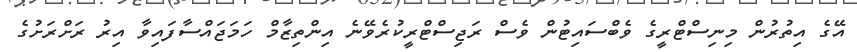
އޭގެ އިތުރުން މިނިސްޓްރީގެ ވެބްސައިޓުން ވެސް ރަޖިސްޓްރީކުރެވޭނެ އިންތިޒާމް ހަމަޖައްސާފައިވާ އިރު ރަށްރަށުގެ